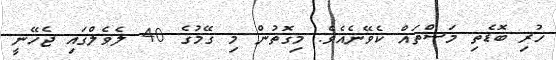
ހުރި ބޮޑެތި މަސްތައް ކެވޭނެއެވެ. މިގޮތުން މި ގޭމުގެ 40 ލެވެލްގައި ޖެހޭނީ